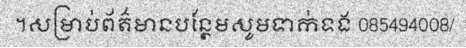
។សម្រាប់ព័ត៌មានបន្ថែមសូមទាក់ទង 085494008/